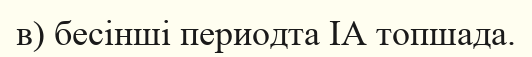
в) бесінші периодта ІА топшада.